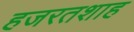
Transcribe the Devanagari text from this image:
हजरतशाह